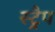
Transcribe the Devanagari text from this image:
स्ट्रैप